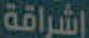
إشراقة